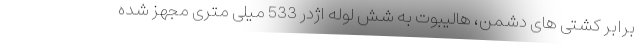
برابر کشتی های دشمن، هالیبوت به شش لوله اژدر 533 میلی متری مجهز شده